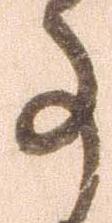
事